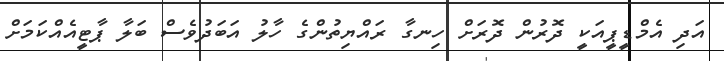
އަދި އެމްޑީޕީއަކީ ދޮރުން ދޮރަށް ހިނގާ ރައްޔިތުންގެ ހާލު އަބަދުވެސް ބަލާ ޕާޓީއެއްކަމަށް